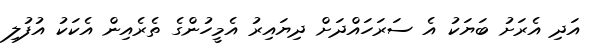
އަދި އެރަށު ބަޔަކު އެ ސަރަހައްދަށް ދިޔައިރު އެމީހުންގެ ތެރެއިން އެކަކު އުފުލި